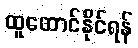
ထူထောင်နိုင်ရန်